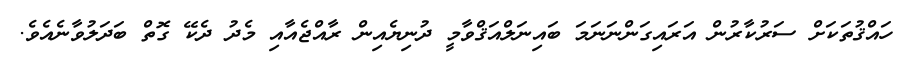
ހައްޤުތަކަށް ސަރުކާރުން އަރައިގަންނަނަމަ ބައިނަލްއަޤްވާމީ ދުނިޔެއިން ރާއްޖެއާއި މެދު ދެކޭ ގޮތް ބަދަލުވާނެއެވެ.